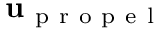
\mathbf { u } _ { \mathrm { ~ p ~ r ~ o ~ p ~ e ~ l ~ } }